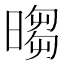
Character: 𣉵